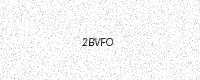
Text: 2BVFO